Civil Veterinary Department. Madras. Admin. report 1926-33 - 1926-1933
Year: 1926
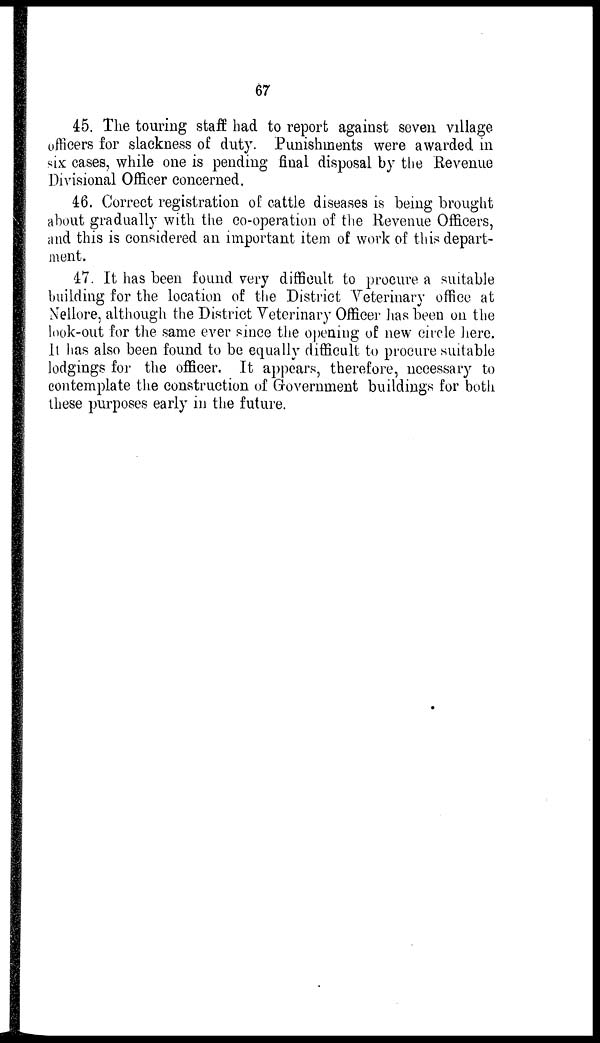
67
45. The touring staff had to report against seven village
officers for slackness of duty. Punishments were awarded in
six cases, while one is pending final disposal by the Revenue
Divisional Officer concerned.
46. Correct registration of cattle diseases is being brought
about gradually with the co-operation of the Revenue Officers,
and this is considered an important item of work of this depart-
ment.
47. It has been found very difficult to procure a suitable
building for the location of the District Veterinary office at
Nellore, although the District Veterinary Officer has been on the
look-out for the same ever since the opening of new circle here.
It has also been found to be equally difficult to procure suitable
lodgings for the officer. It appears, therefore, necessary to
contemplate the construction of Government buildings for both
these purposes early in the future.